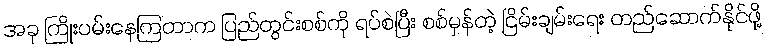
အခု ကြိုးပမ်းနေကြတာက ပြည်တွင်းစစ်ကို ရပ်စဲပြီး စစ်မှန်တဲ့ ငြိမ်းချမ်းရေး တည်ဆောက်နိုင်ဖို့